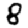
Digit: 8